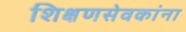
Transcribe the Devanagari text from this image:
शिक्षणसेवकांना